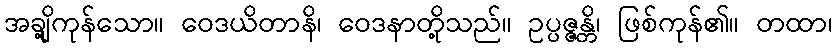
အချို့ကုန်သော။ ဝေဒယိတာနိ၊ ဝေဒနာတို့သည်။ ဥပ္ပဇ္ဇန္တိ၊ ဖြစ်ကုန်၏။ တထာ၊